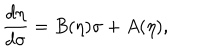
LaTeX: \frac { d \eta } { d \sigma } = B ( \eta ) \sigma + A ( \eta ) ,